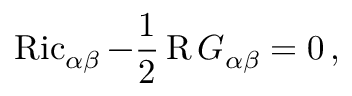
\operatorname { R i c } _ { \alpha \beta } - \frac { 1 } { 2 } \operatorname { R } G _ { \alpha \beta } = 0 \, ,